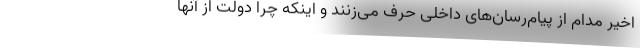
اخیر مدام از پیام‌رسان‌های داخلی حرف می‌زنند و اینکه چرا دولت از آنها